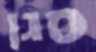
סגן